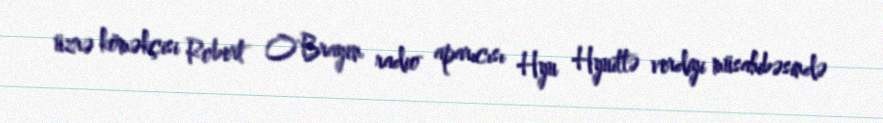
üzrə köməkçisi Robert O'Brayen radio aparıcısı Hyu Hyuittə verdiyi müsahibəsində